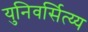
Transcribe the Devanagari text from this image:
युनिवर्सित्य्य